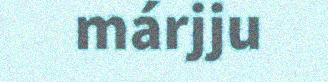
márjju